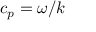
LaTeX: c _ { p } = \omega / k